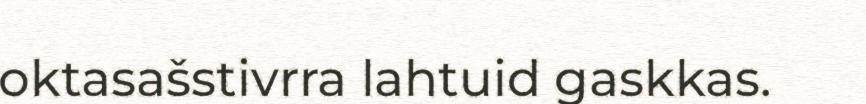
oktasašstivrra lahtuid gaskkas.